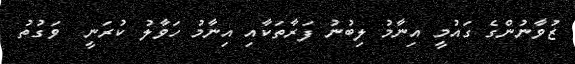
ޒުވާނުންގެ ގައުމީ އިނާމު ލިބުނު ފަރާތަކާއި އިނާމު ހަވާލު ކުރަނީ  ވަގުތު